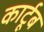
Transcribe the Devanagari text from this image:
कार्टूब